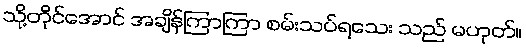
သို့တိုင်အောင် အချိန်ကြာကြာ စမ်းသပ်ရသေး သည် မဟုတ်။